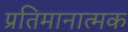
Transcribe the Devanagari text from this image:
प्रतिमानात्मक